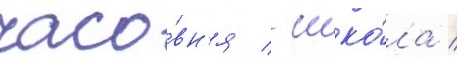
часо́вн'я / шко́ла /